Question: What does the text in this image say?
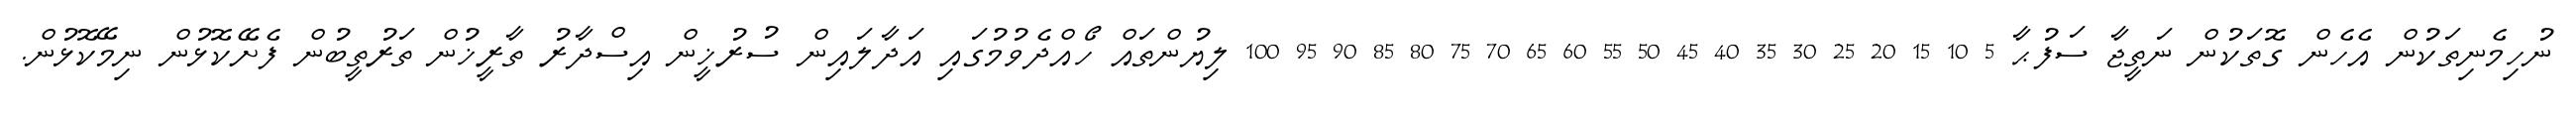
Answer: ނުހިމެނިތަކުން އެހެން ގޮތަކުން ނަތީޖާ ސަފުޙާ 5 10 15 20 25 30 35 40 45 50 55 60 65 70 75 80 85 90 95 100 ލިޔުންތައް ހޯއްދެވުމުގައި އަދާލައިން ސުރުޚީން އިސްދާރު ތާރީޚުން ތަރުތީބުން ފެށޭކޮޅުން ނިމޭކޮޅުން.